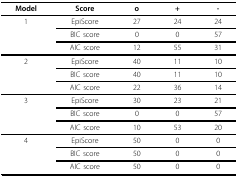
<table><thead><tr><td><b>Model</b></td><td><b>Score</b></td><td><b>o</b></td><td><b>+</b></td><td><b>-</b></td></tr></thead><tbody><tr><td>1</td><td>EpiScore</td><td>27</td><td>24</td><td>24</td></tr><tr><td></td><td>BIC score</td><td>0</td><td>0</td><td>57</td></tr><tr><td></td><td>AIC score</td><td>12</td><td>55</td><td>31</td></tr><tr><td>2</td><td>EpiScore</td><td>40</td><td>11</td><td>10</td></tr><tr><td></td><td>BIC score</td><td>40</td><td>11</td><td>10</td></tr><tr><td></td><td>AIC score</td><td>22</td><td>36</td><td>14</td></tr><tr><td>3</td><td>EpiScore</td><td>30</td><td>23</td><td>21</td></tr><tr><td></td><td>BIC score</td><td>0</td><td>0</td><td>57</td></tr><tr><td></td><td>AIC score</td><td>10</td><td>53</td><td>20</td></tr><tr><td>4</td><td>EpiScore</td><td>50</td><td>0</td><td>0</td></tr><tr><td></td><td>BIC score</td><td>50</td><td>0</td><td>0</td></tr><tr><td></td><td>AIC score</td><td>50</td><td>0</td><td>0</td></tr></tbody></table>